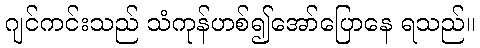
ဂျင်ကင်းသည် သံကုန်ဟစ်၍အော်ပြောနေ ရသည်။